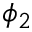
\phi _ { 2 }